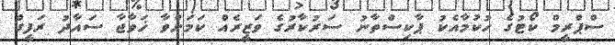
ސްޕްރީމް ކޯޓުގެ ހުކުމާއެކު ޕާކިސްތާނު ސަރުކާރުގެ ވަޒީރެއް ކަމަށްވާ ޚަވާޖާ ސައާދު ރަފީގް